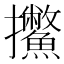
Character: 𱡕